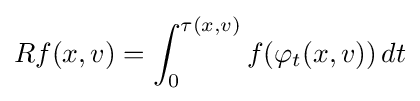
Rf(x,v)=\int _{0}^{\tau (x,v)}f(\varphi _{t}(x,v))\,dt